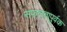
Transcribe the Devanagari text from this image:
सफलतापुर्वक